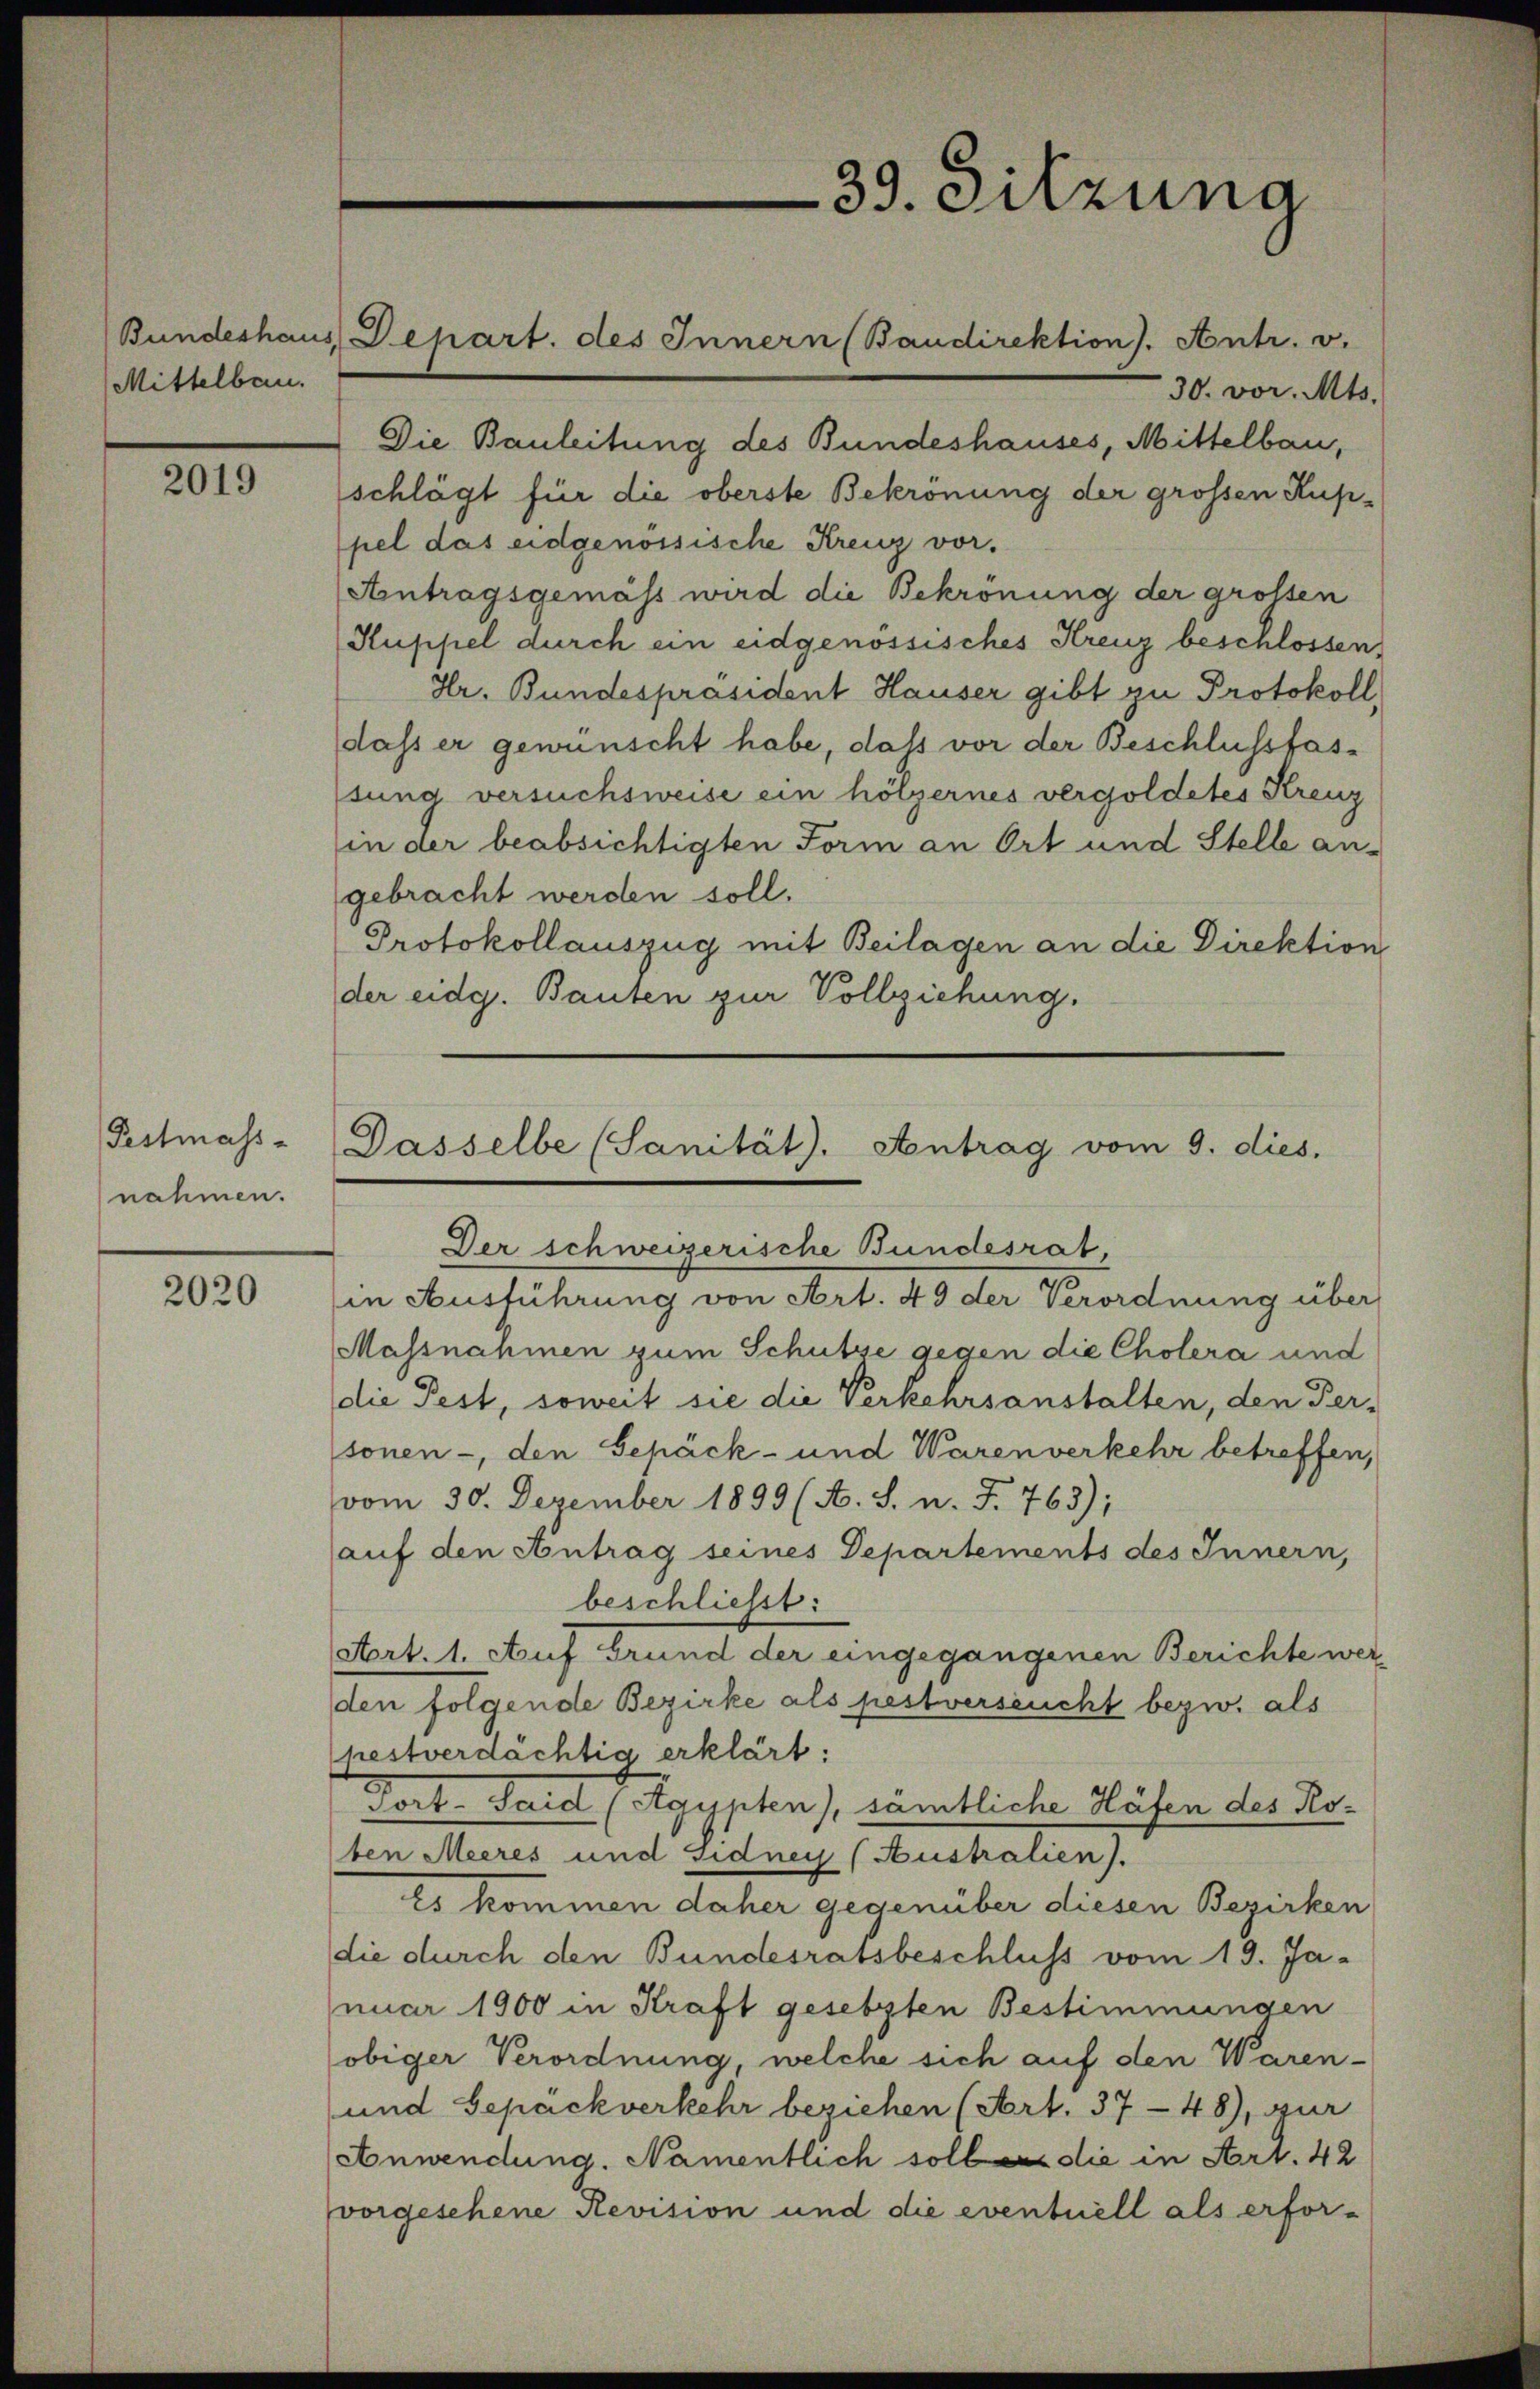
Mittelbau.

2019

Pestmass-
nahmen.

2020

30. vor. Mts.
Die Bauleitung des Bundeshauses, Mittelbau,
schlägt für die oberste Bekronung der grossen Kuppel das eidgenössische Kreuz vor.
Arntragsgemäss wird die Bekronung der grossen
Kuppel durch ein eidgenössisches Kreuz beschlossen,
Hr. Bundespräsident Hauser gibt zu Protokoll,
dass er gewünscht habe, daß vor der Beschlussfassung versuchsweise ein hölzernes vergoldetes Kreuz
in der beabsichtigten Form an Ort und Stelle angebracht werden soll.
Protokollauszug mit Beilagen an die Direktion
der eidg. Bauten zur Vollziehung.

Bundeshaus Depart. des Innern (Baudirektion). Antr. v.

39. Sitzung

Dasselbe (Sanität). Antrag vom 9. dies.
Der schweizerische Bundesrat

in Ausführung von Art. 49 der Verordnung über
Massnahmen zum Schutze gegen die Cholera und
die Pest, soweit sie die Verkehrsanstalten, den Per-
sonen -, den Sepäck- und Warenverkehr betreffen,
vom 30. Dezember 1899 (A. S. n. F. 763);
auf den Antrag seines Departements des Innern,
beschließt:
Art. 1. Auf Grund der eingegangenen Berichte werden folgende Bezirke als pestverseucht bezw. als
pestverdächtig erklärt:
Fort- Sand (Agypten), sämtliche Häfen des Roten Meeres und Sidney (Australien).
Es kommen daher gegenüber diesen Bezirken
die durch den Bundesratsbeschluss vom 19. Januar 1900 in Kraft gesetzten Bestimmungen
obiger Verordnung, welche sich auf den Waren-
und Gepäckverkehr beziehen (Art. 3748), zur
Anwendung. Namentlich soll die in Art. 42
vorgesehene Revision und die eventuell als erfor-